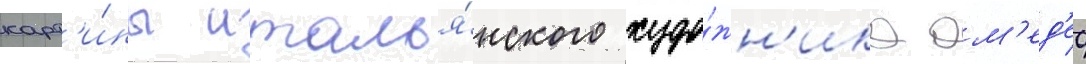
карт'и́ны италья́нского худо́жн'ика ам'ед'ео